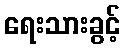
ရေးသားခွင့်